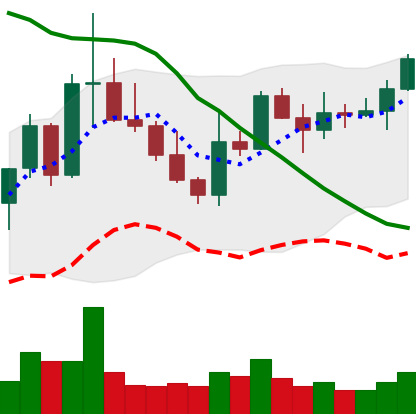
Ticker: XLM-USD
Chart end date: 2022-10-08
Forward return: -11.198%
Label: down_7plus